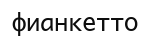
фианкетто